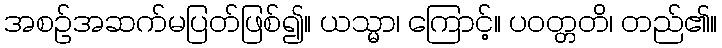
အစဉ်အဆက်မပြတ်ဖြစ်၍။ ယသ္မာ၊ ကြောင့်။ ပဝတ္တတိ၊ တည်၏။